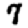
Digit: 7